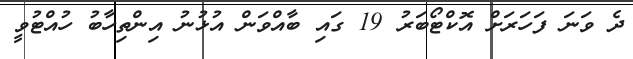
ދެ ވަނަ ފަހަރަށް އޮކްޓޯބަރު 19 ގައި ބާއްވަން އުޅުނު އިންތިހާބު ހުއްޓުވީ